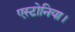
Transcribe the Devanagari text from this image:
एस्टोनिया।